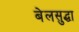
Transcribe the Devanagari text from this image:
बेलसुद्धा